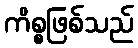
ကိစ္စဖြစ်သည်